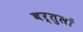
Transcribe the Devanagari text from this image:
वर्तुलों